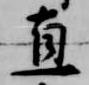
直